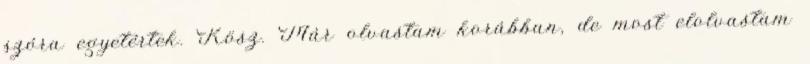
szóra egyetértek. Kösz. Már olvastam korábban, de most elolvastam